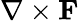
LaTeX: \nabla\times\mathbf{F}